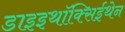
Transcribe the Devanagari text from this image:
डाइइथॉक्सिईथेन